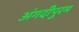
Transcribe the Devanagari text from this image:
अंगदीपुरम